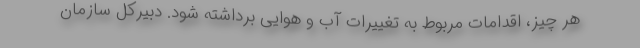
هر چیز، اقدامات مربوط به تغییرات آب و هوایی برداشته شود. دبیرکل سازمان